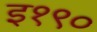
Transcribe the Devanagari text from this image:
इ१९०